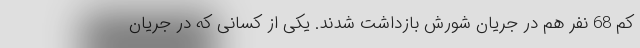
کم 68 نفر هم در جریان شورش بازداشت شدند. یکی از کسانی که در جریان